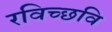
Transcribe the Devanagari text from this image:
रविच्छवि